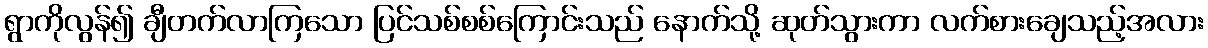
ရွာကိုလွန်၍ ချီတက်လာကြသော ပြင်သစ်စစ်ကြောင်းသည် နောက်သို့ ဆုတ်သွားကာ လက်စားချေသည့်အလား